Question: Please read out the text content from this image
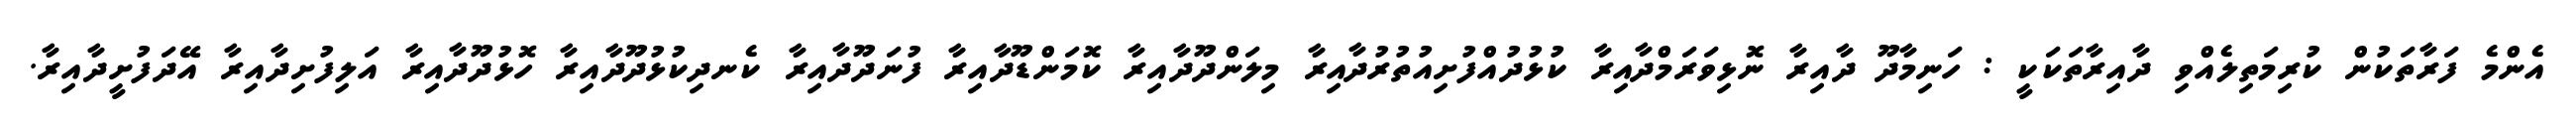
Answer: އެންމެ ފަރާތަކުން ކުރިމަތިލެއްވި ދާއިރާތަކަކީ : ހަނިމާދޫ ދާއިރާ ނޮޅިވަރަމްދާއިރާ ކުޅުދުއްފުށިއުތުރުދާއިރާ މިލަންދޫދާއިރާ ކޮމަންޑޫދާއިރާ ފުނަދޫދާއިރާ ކެނދިކުޅުދޫދާއިރާ ހޮޅުދޫދާއިރާ އަލިފުށިދާއިރާ އޭދަފުށީދާއިރާ.